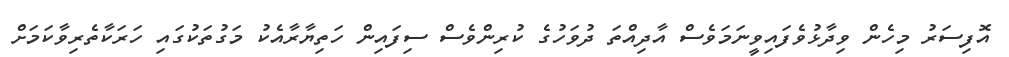
އޮފިސަރު މިހެން ވިދާޅުވެފައިވީނަމަވެސް އާދިއްތަ ދުވަހުގެ ކުރިންވެސް ސިފައިން ހަތިޔާރާއެކު މަގުތަކުގައި ހަރަކާތެރިވާކަމަށް